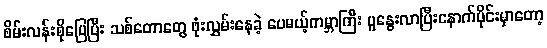
စိမ်းလန်းစိုပြေပြီး သစ်တောတွေ ဖုံးလွှမ်းနေခဲ့ ပေမယ့်ကမ္ဘာကြီး ပူနွေးလာပြီးနောက်ပိုင်းမှာတော့